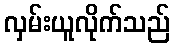
လှမ်းယူလိုက်သည်